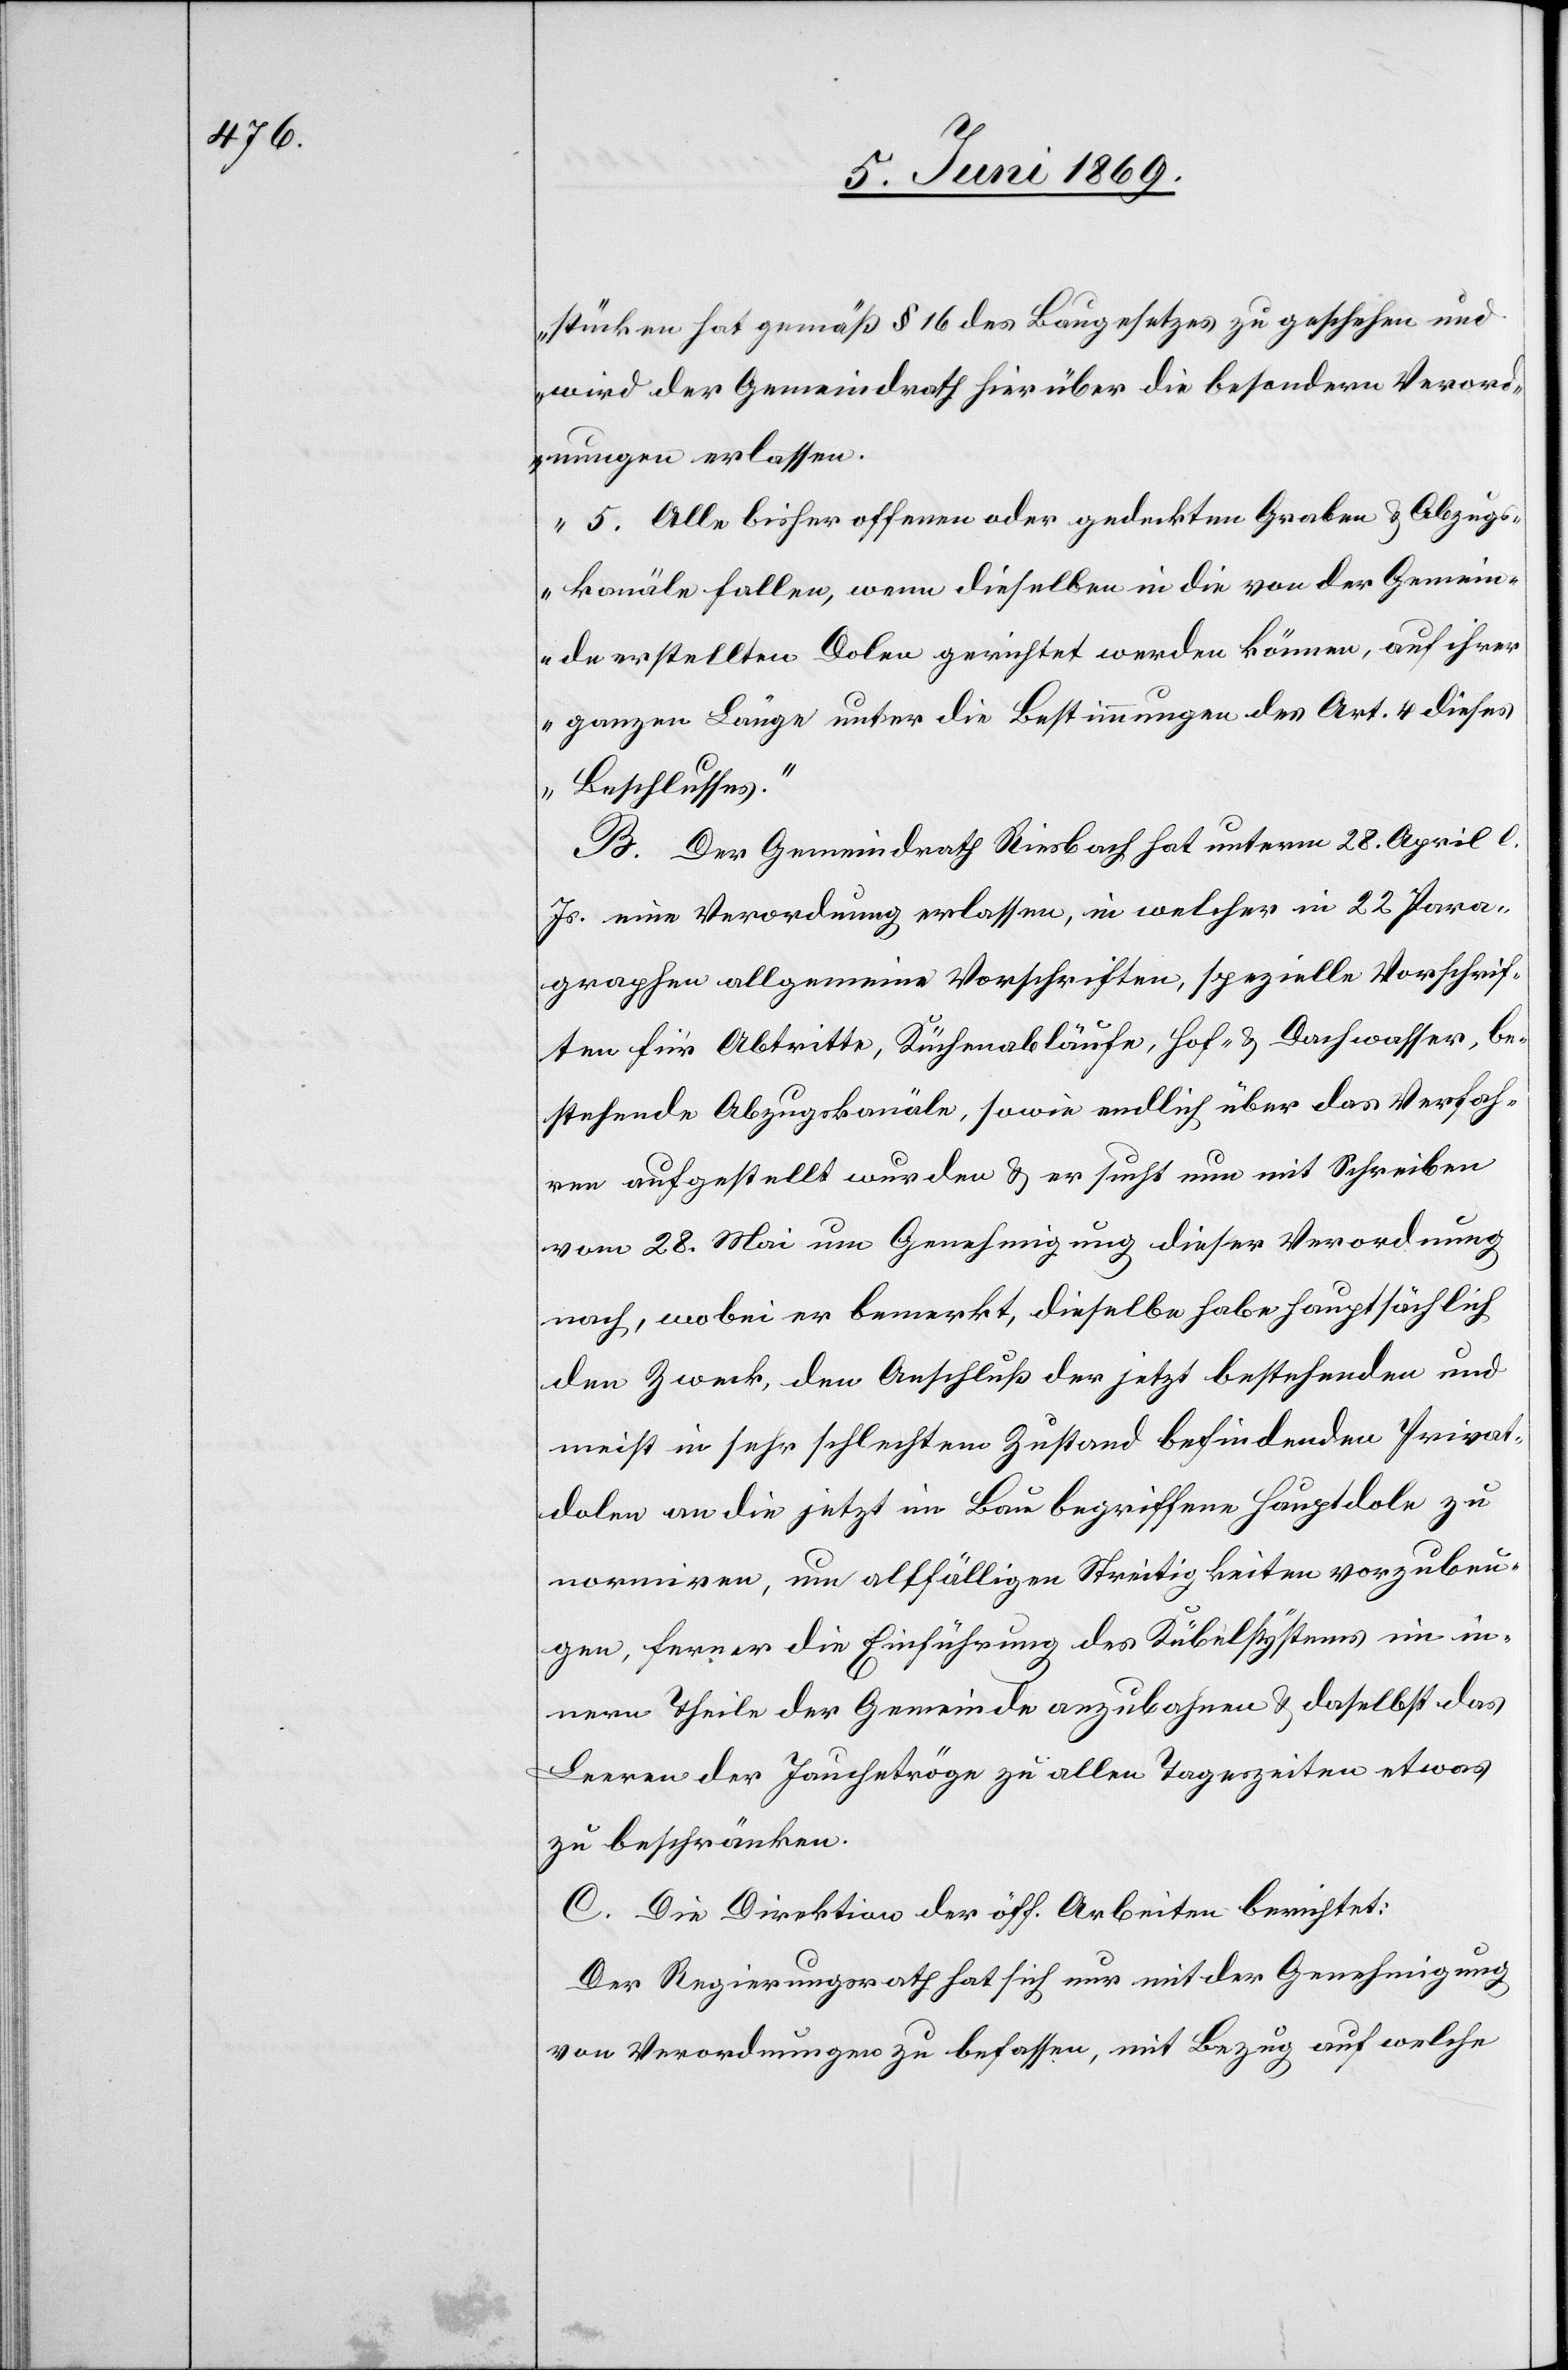
stücken hat gemäß § 16 des Baugesetzes zu geschehen und
wird der Gemeindrath hierüber die besondern Verord¬
nungen erlassen.
5. Alle bisher offenen oder gedruckten Graben u. Abzugs¬
kanäle fallen, wenn dieselben in die von der Gemein¬
de erstellten Dolen gerichtet werden können, auf ihrer
ganzen Länge unter die Bestimmungen des Art. 4 dieses
Beschlusses.“
B. Der Gemeindrath Riesbach hat unterm 28 April l.
Js. eine Verordnung erlassen, in welcher in 22 Para¬
graphen allgemeine Vorschriften, spezielle Vorschrif¬
ten für Abtritte, Küchenabläufe, Hof- u. Dachwasser, be¬
stehende Abzugskanäle, sowie endlich über das Verfah¬
ren aufgestellt wurden u. er sucht nun mit Schreiben
vom 28 Mai um Genehmigung dieser Verordnung
nach, wobei er bemerkt, dieselbe habe hauptsächlich
den Zweck, den Anschluß der jetzt bestehenden und
meist in sehr schlechtem Zustand befindenden Privat¬
dolen an die jetzt im Bau begriffene Hauptdole zu
normiren, um allfälligen Streitigkeiten vorzubeu¬
gen, ferner die Einführung des Kübelsystems im in¬
nern Theile der Gemeinde anzubahnen u. daselbst das
Leeren der Jauchetröge zu allen Tageszeiten etwas
zu beschränken.
C. Die Direktion der öff. Arbeiten berichtet:
Der Regierungsrath hat sich nur mit der Genehmigung
von Verordnungen zu befassen, mit Bezug auf welche